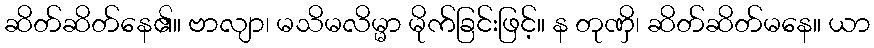
ဆိတ်ဆိတ်နေ၏။ ဗာလျာ၊ မသိမလိမ္မာ မိုက်ခြင်းဖြင့်။ န တုဏှိ၊ ဆိတ်ဆိတ်မနေ။ ယာ